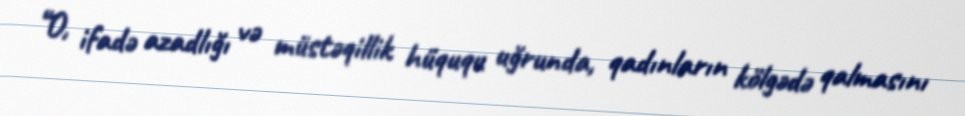
“O, ifadə azadlığı və müstəqillik hüququ uğrunda, qadınların kölgədə qalmasını